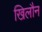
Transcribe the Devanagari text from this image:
खिलौन